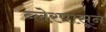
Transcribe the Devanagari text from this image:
ब्लेरपासून